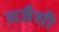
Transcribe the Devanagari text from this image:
मजैसी